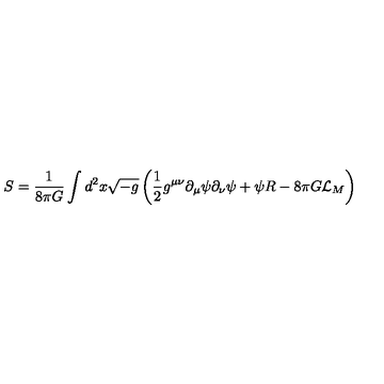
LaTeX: S = \frac { 1 } { 8 \pi G } \int d ^ { 2 } x \sqrt { - g } \left( \frac { 1 } { 2 } g ^ { \mu \nu } \partial _ { \mu } \psi \partial _ { \nu } \psi + \psi R - 8 \pi G { \cal L } _ { M } \right)